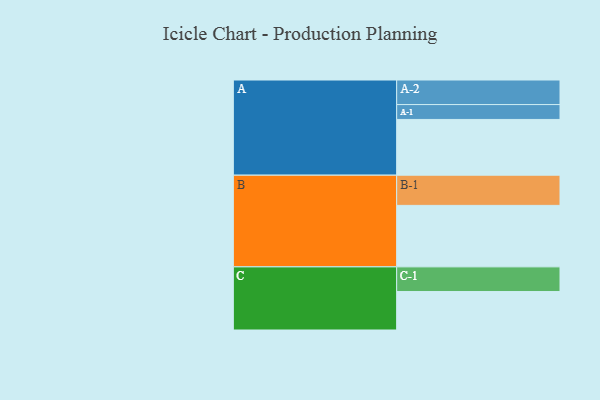
{"axis": {"x": "Segment", "y": "Value"}, "legend": ["", "A", "B", "C"], "data": [{"x": "A", "y": 506, "type": ""}, {"x": "B", "y": 558, "type": ""}, {"x": "C", "y": 349, "type": ""}, {"x": "A-1", "y": 135, "type": "A"}, {"x": "A-2", "y": 223, "type": "A"}, {"x": "B-1", "y": 274, "type": "B"}, {"x": "C-1", "y": 224, "type": "C"}]}